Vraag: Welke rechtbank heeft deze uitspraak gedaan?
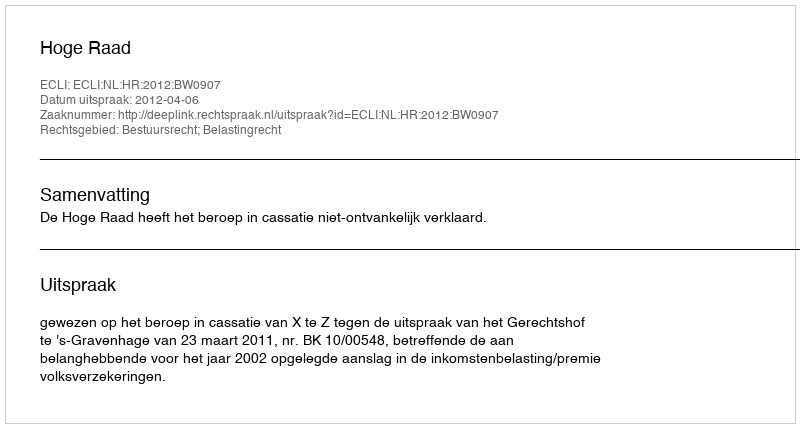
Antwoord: Hoge Raad